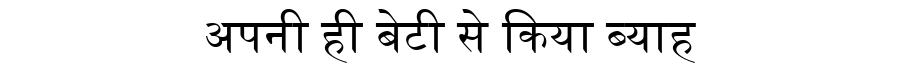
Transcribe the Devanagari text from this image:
अपनी ही बेटी से किया ब्याह